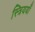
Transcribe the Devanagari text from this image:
स्त्रिययाँ